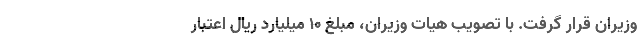
وزیران قرار گرفت. با تصویب هیات وزیران، مبلغ ۱۰ میلیارد ریال اعتبار